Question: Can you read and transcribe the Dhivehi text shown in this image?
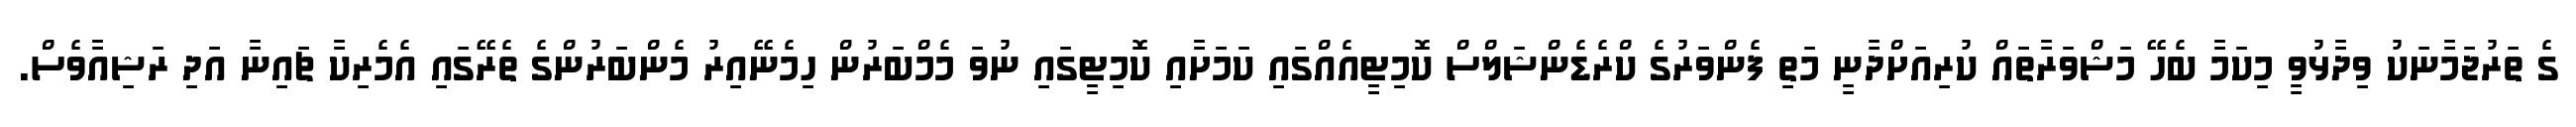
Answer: ގެ ތަރުޖަމާނަކު ވިދާޅުވީ މިކަމާ ބެހޭ މަޝްވަރާތައް ކުރިއަށްދާނީ މަތި ފެންވަރުގެ ކްރެޑެންޝަލްސް ކޮމިޓީއެއްގައި ކަމަށާއި ކޮމިޓީގައި ނުވަ މެމްބަރުން ހިމެނޭއިރު މެންބަރުންގެ ތެރޭގައި އެމެރިކާ ޗައިނާ އަދި ރަޝިއާވެސް.